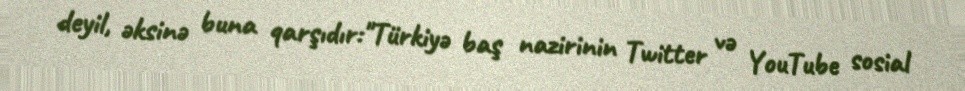
deyil, əksinə buna qarşıdır:"Türkiyə baş nazirinin Twitter və YouTube sosial